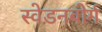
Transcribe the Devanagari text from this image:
स्वेडनबोर्ग